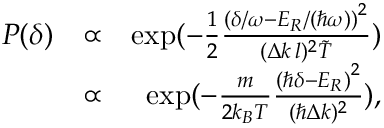
\begin{array} { r l r } { P ( \delta ) } & { \propto } & { \exp ( - \frac { 1 } { 2 } \frac { \left( \delta / \omega - E _ { R } / ( \hbar \omega ) \right) ^ { 2 } } { ( \Delta k \, l ) ^ { 2 } \tilde { T } } ) } \\ & { \propto } & { \exp ( - \frac { m } { 2 k _ { B } T } \frac { \left( \hbar \delta - E _ { R } \right) ^ { 2 } } { ( \hbar \Delta k ) ^ { 2 } } ) , } \end{array}